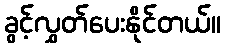
ခွင့်လွှတ်ပေးနိုင်တယ်။